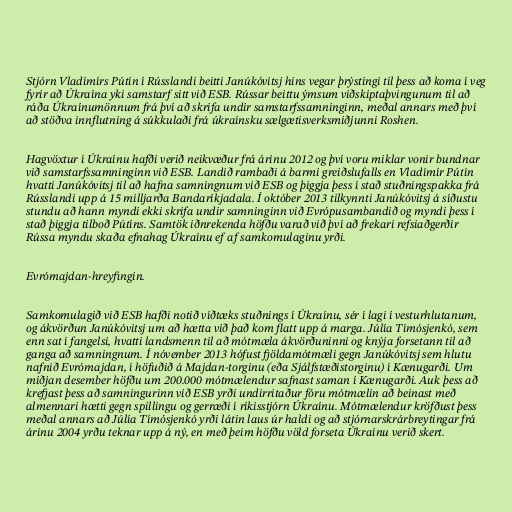
Stjórn Vladímírs Pútín í Rússlandi beitti Janúkóvitsj hins vegar þrýstingi til þess að koma í veg
fyrir að Úkraína yki samstarf sitt við ESB. Rússar beittu ýmsum viðskiptaþvingunum til að
ráða Úkraínumönnum frá því að skrifa undir samstarfssamninginn, meðal annars með því
að stöðva innflutning á súkkulaði frá úkraínsku sælgætisverksmiðjunni Roshen.

Hagvöxtur í Úkraínu hafði verið neikvæður frá árinu 2012 og því voru miklar vonir bundnar
við samstarfssamninginn við ESB. Landið rambaði á barmi greiðslufalls en Vladímír Pútín
hvatti Janúkóvitsj til að hafna samningnum við ESB og þiggja þess í stað stuðningspakka frá
Rússlandi upp á 15 milljarða Bandaríkjadala. Í október 2013 tilkynnti Janúkóvitsj á síðustu
stundu að hann myndi ekki skrifa undir samninginn við Evrópusambandið og myndi þess í
stað þiggja tilboð Pútíns. Samtök iðnrekenda höfðu varað við því að frekari refsiaðgerðir
Rússa myndu skaða efnahag Úkraínu ef af samkomulaginu yrði.

Evrómajdan-hreyfingin.

Samkomulagið við ESB hafði notið víðtæks stuðnings í Úkraínu, sér í lagi í vesturhlutanum,
og ákvörðun Janúkóvitsj um að hætta við það kom flatt upp á marga. Júlía Tímósjenkó, sem
enn sat í fangelsi, hvatti landsmenn til að mótmæla ákvörðuninni og knýja forsetann til að
ganga að samningnum. Í nóvember 2013 hófust fjöldamótmæli gegn Janúkóvitsj sem hlutu
nafnið Evrómajdan, í höfuðið á Majdan-torginu (eða Sjálfstæðistorginu) í Kænugarði. Um
miðjan desember höfðu um 200.000 mótmælendur safnast saman í Kænugarði. Auk þess að
krefjast þess að samningurinn við ESB yrði undirritaður fóru mótmælin að beinast með
almennari hætti gegn spillingu og gerræði í ríkisstjórn Úkraínu. Mótmælendur kröfðust þess
meðal annars að Júlía Tímósjenkó yrði látin laus úr haldi og að stjórnarskrárbreytingar frá
árinu 2004 yrðu teknar upp á ný, en með þeim höfðu völd forseta Úkraínu verið skert.